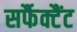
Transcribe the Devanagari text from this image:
सर्फैक्टैंट